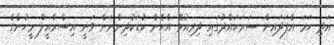
އަދި ހަމަ އެފަދައިން ސަރަހައްދުގައި ދިރިއުޅޭ އެހެން ކުޑަކުދިންނަށް ވަނީ އިސްރާއީލް މީހުންގެ